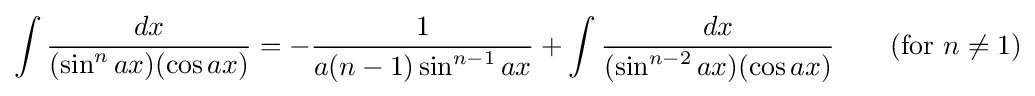
\int {\frac {dx}{(\sin ^{n}ax)(\cos ax)}}=-{\frac {1}{a(n-1)\sin ^{n-1}ax}}+\int {\frac {dx}{(\sin ^{n-2}ax)(\cos ax)}}\qquad {\mbox{(for }}n\neq 1{\mbox{)}}